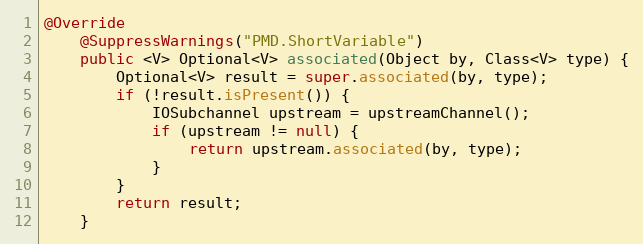
Language: Java
@Override
    @SuppressWarnings("PMD.ShortVariable")
    public <V> Optional<V> associated(Object by, Class<V> type) {
        Optional<V> result = super.associated(by, type);
        if (!result.isPresent()) {
            IOSubchannel upstream = upstreamChannel();
            if (upstream != null) {
                return upstream.associated(by, type);
            }
        }
        return result;
    }